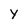
Character: y